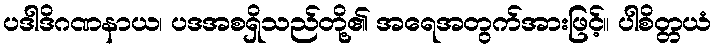
ပဒါဒိဂဏနာယ၊ ပဒအစရှိသည်တို့၏ အရေအတွက်အားဖြင့်။ ပါစိတ္တယံ